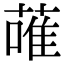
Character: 蓶